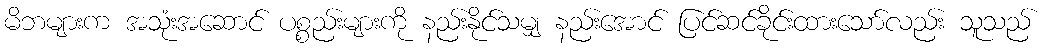
မိဘများက အသုံးအဆောင် ပစ္စည်းများကို နည်းနိုင်သမျှ နည်းအောင် ပြင်ဆင်ခိုင်းထားသော်လည်း သူသည်